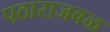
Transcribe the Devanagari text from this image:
पठाराजवळ